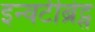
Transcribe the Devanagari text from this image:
इन्वर्टीब्रेट्स